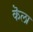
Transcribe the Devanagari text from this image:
कॆला